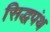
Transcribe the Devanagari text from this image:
सिद्धपंथ